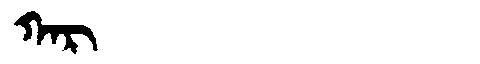
Manchu: ᡴᠠᡵ
Romanization: KAR